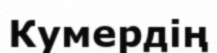
Кумердің